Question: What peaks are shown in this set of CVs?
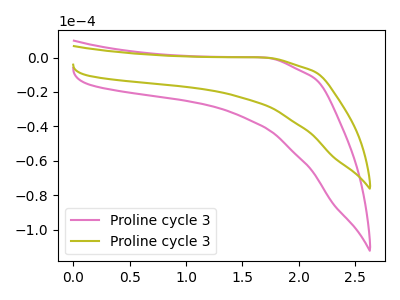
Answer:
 <answer>The pink curve "Proline cycle 31" has no peaks. The olive curve "Proline cycle 32" has no peaks.</answer>
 <eval></eval>